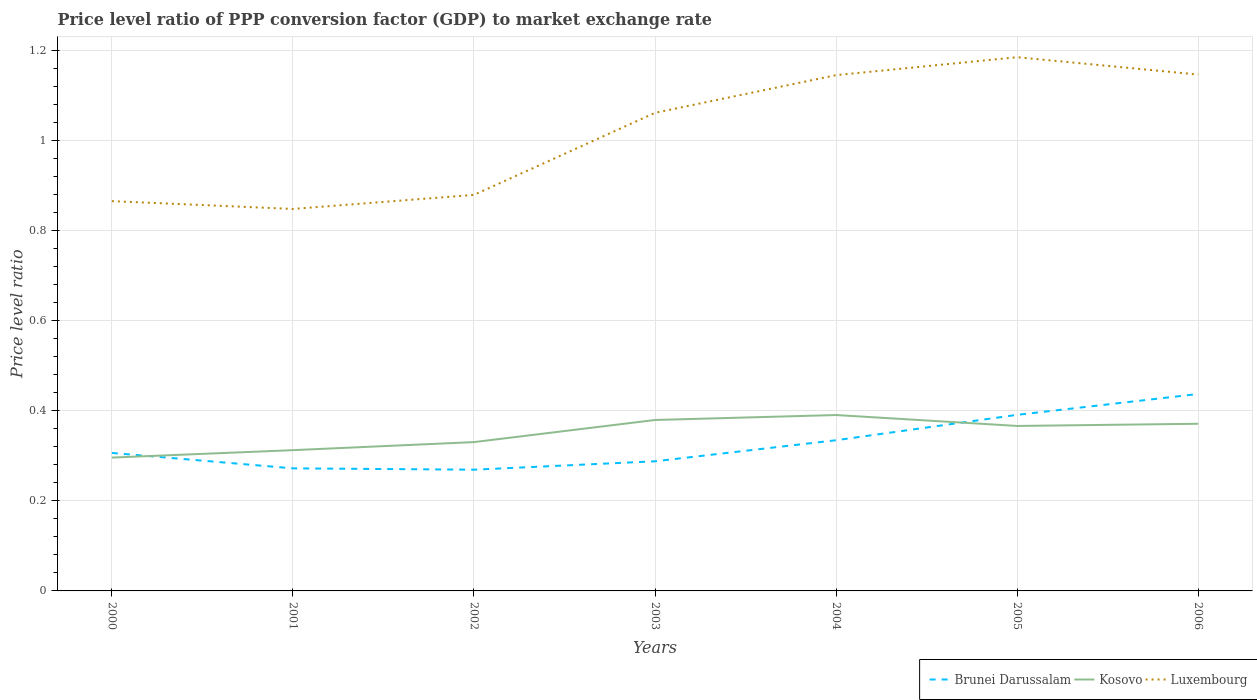
| Years | Brunei Darussalam | Kosovo | Luxembourg |
 | --- | --- | --- | --- |
 | 2000 | 0.306 | 0.296 | 0.865 |
 | 2001 | 0.272 | 0.313 | 0.848 |
 | 2002 | 0.269 | 0.33 | 0.879 |
 | 2003 | 0.288 | 0.38 | 1.06 |
 | 2004 | 0.335 | 0.391 | 1.15 |
 | 2005 | 0.391 | 0.366 | 1.19 |
 | 2006 | 0.437 | 0.371 | 1.15 |